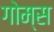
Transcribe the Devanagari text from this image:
गोम्‍स